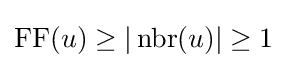
\operatorname {FF} (u)\geq |\operatorname {nbr} (u)|\geq 1